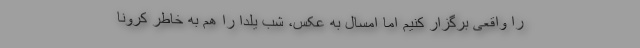
را واقعی برگزار کنیم اما امسال به عکس، شب یلدا را هم به خاطر کرونا